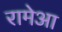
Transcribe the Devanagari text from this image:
रामेआ